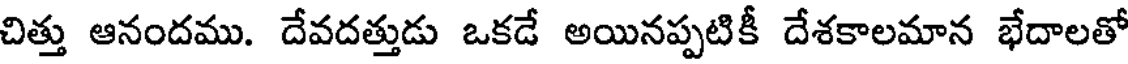
చిత్తు ఆనందము. దేవదత్తుడు ఒకడే అయినప్పటికీ దేశకాలమాన భేదాలతో